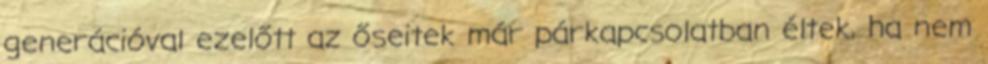
generációval ezelőtt az őseitek már párkapcsolatban éltek, ha nem